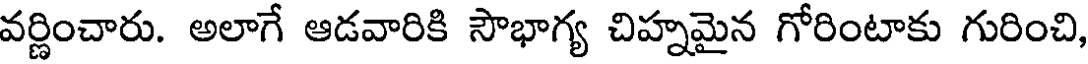
వర్ణించారు. అలాగే ఆడవారికి సౌభాగ్య చిహ్నమైన గోరింటాకు గురించి,